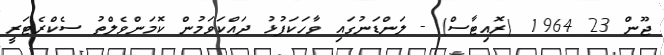
ޖޫން 23 1964 (ރޮއިޓާސް) - ލަންޑަނުގައި ވާހަކަފުޅު ދައްކަވަމުން ކޮމަންވެލްތު ސެކްރެޓަރީ